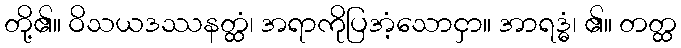
တို့၏။ ဝိသယဒဿနတ္ထံ၊ အရာကိုပြအံ့သောငှာ။ အာရဒ္ဓံ၊ ၏။ တတ္ထ